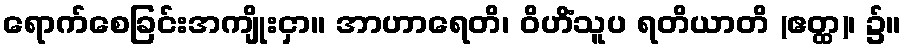
ရောက်စေခြင်းအကျိုးငှာ။ အာဟာရေတိ၊ ဝိဟိံသူပ ရတိယာတိ (ဧတ္ထ)၊ ၌။